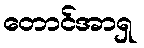
တောင်အာရှ